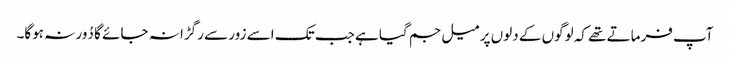
آپ فرماتے تھے کہ لوگوں کے دلوں پر میل جم گیا ہے جب تک اسے زور سے رگڑا نہ جائے گا دُور نہ ہوگا۔